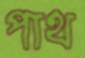
পাথ